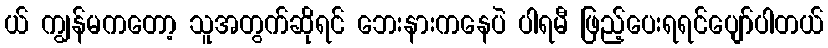
ယ် ကျွန်မကတော့ သူအတွက်ဆိုရင် ဘေးနားကနေပဲ ပါရမီ ဖြည့်ပေးရရင်ပျော်ပါတယ်